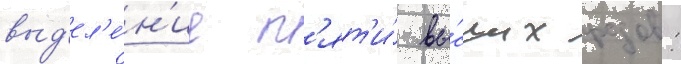
выд'ел'е́н'ие п'ят'и́ вы́сших родов: